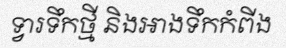
ទ្វារទឹកថ្មី និងអាងទឹកកំពីង